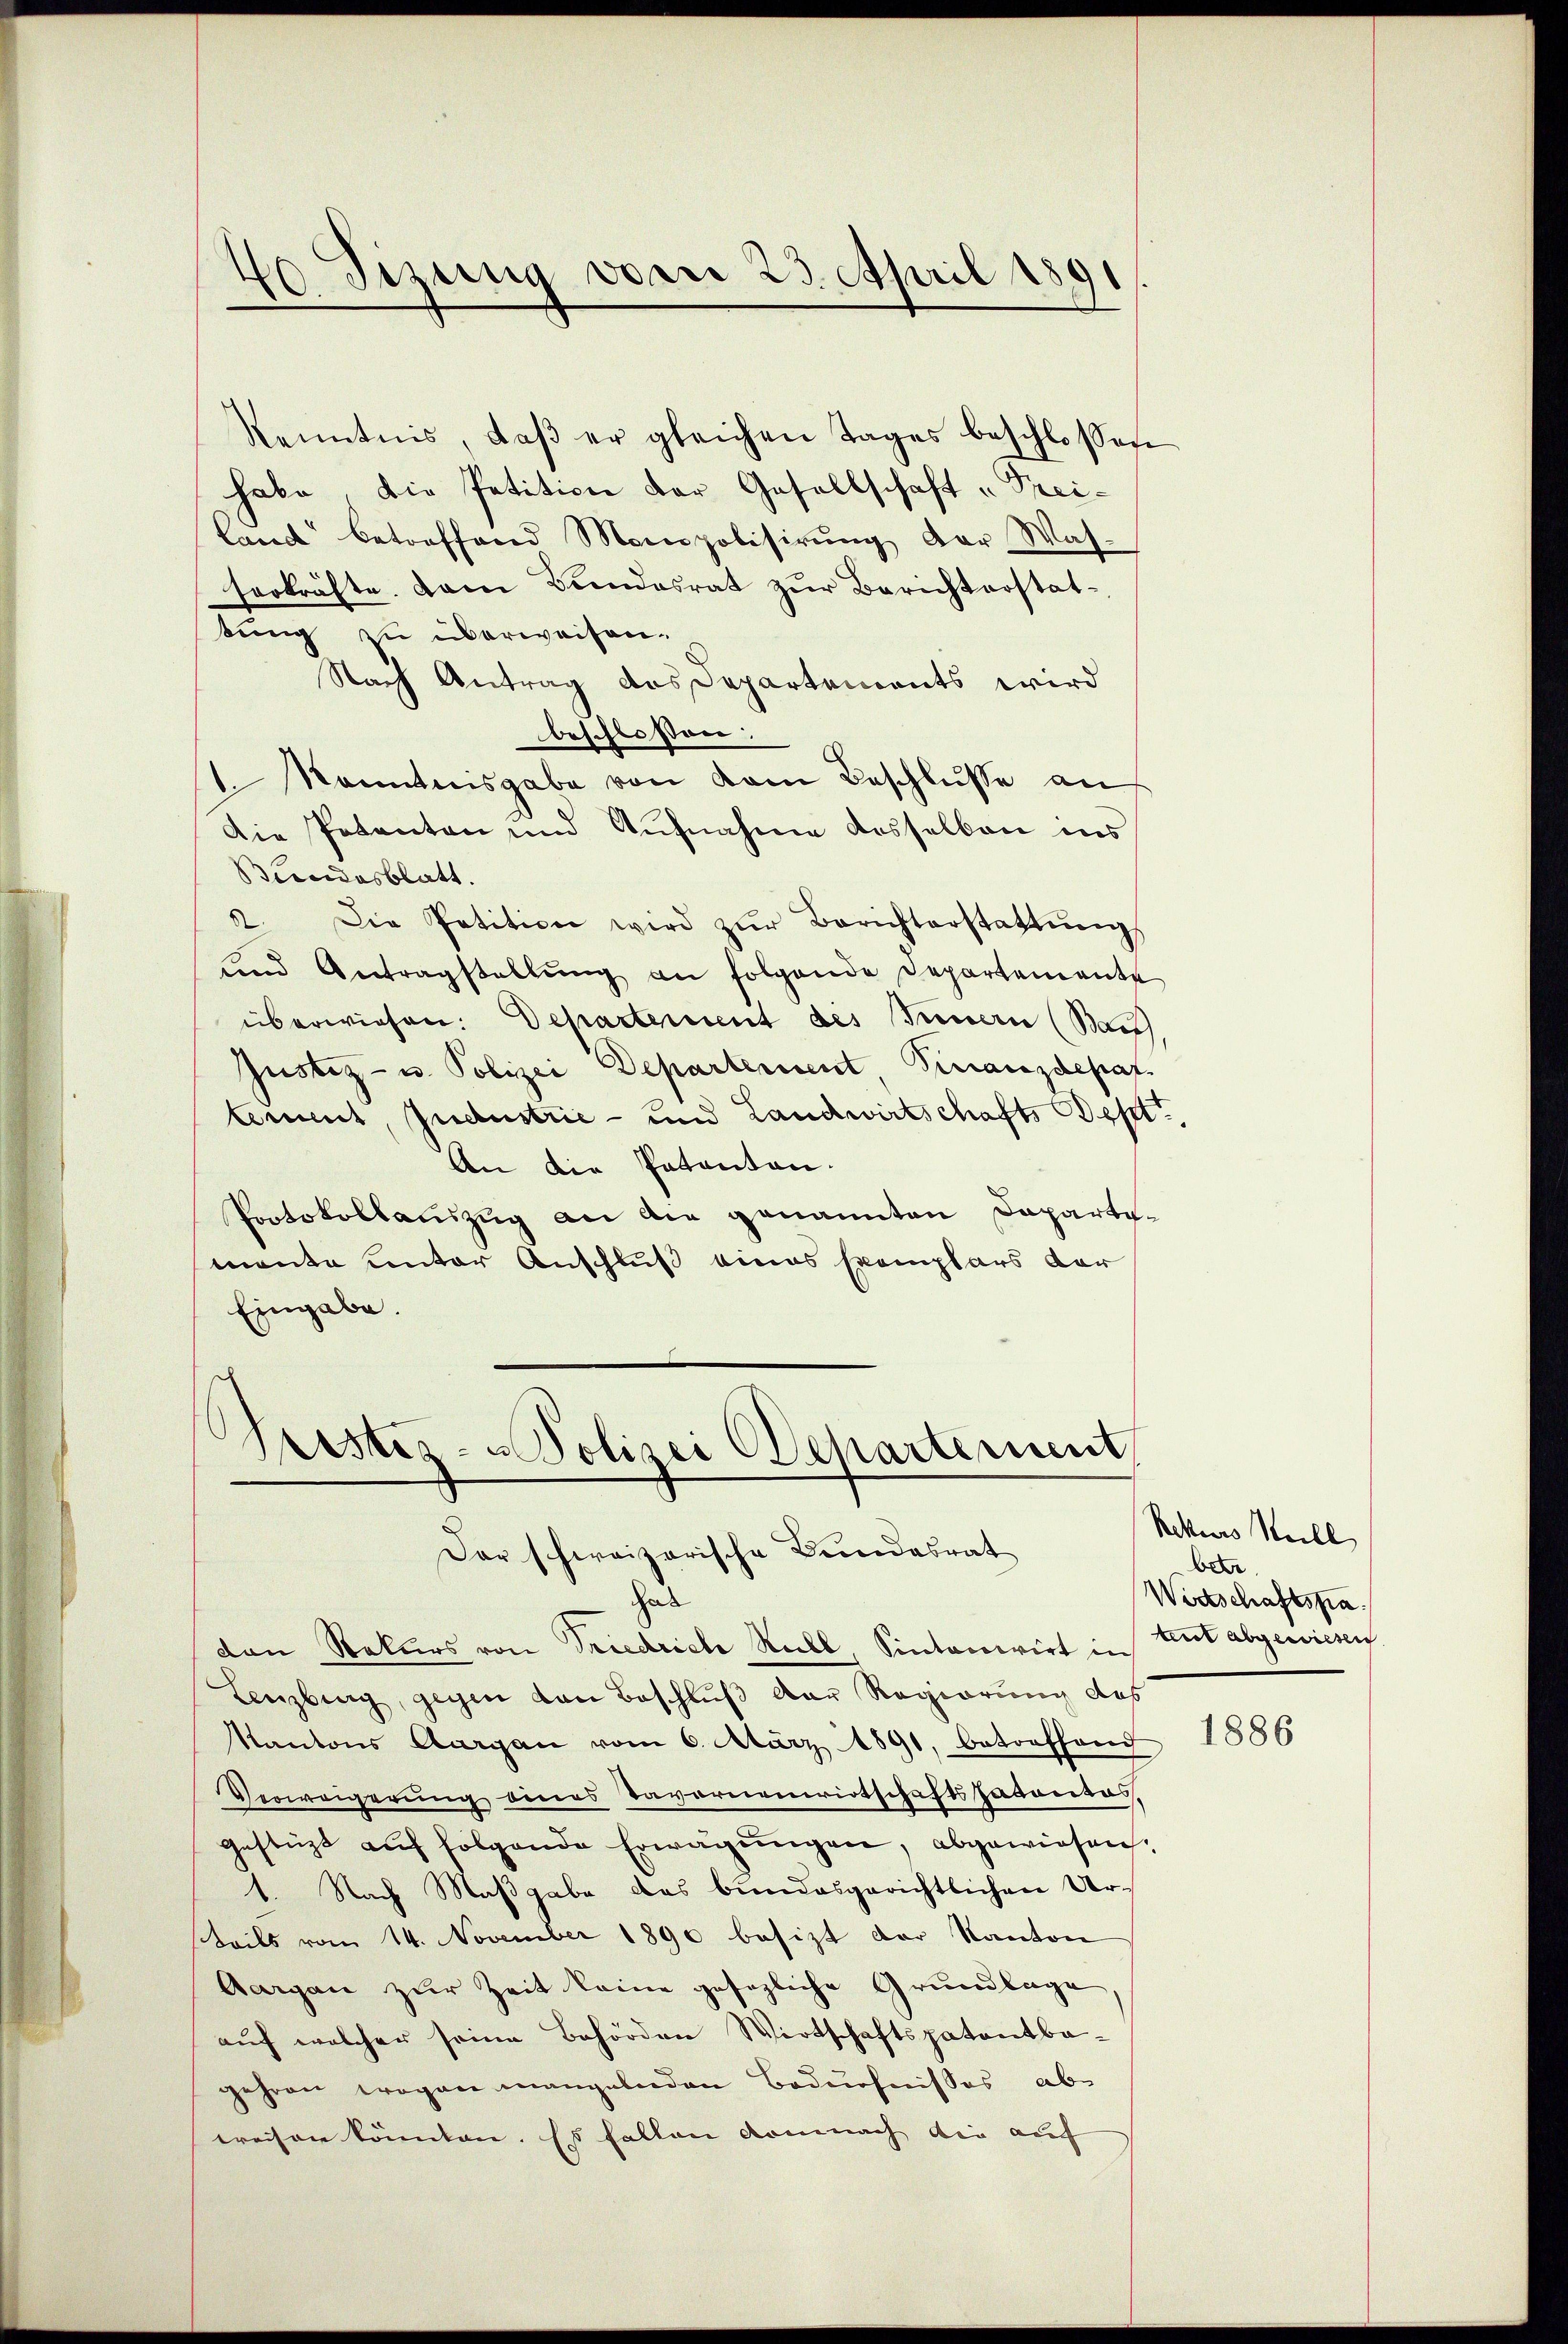
40 Sizung vom 23. April 1891

land betreffend Monopolisirŭng der Was-
serkräfte. Dann Bundesrat zŭr Berichterstat-
bung zu überweisen.
Nach Antrag des Departements wird
beschlossen:
Kenntnisgabe von dem Beschlusse an
Die Petenten und Aufnahme desselben ins
Bundesblatt.
d
Die Petition wird zŭr Berichterstattung
und Antragstellŭng an folgende Departemente
überwiesen. Departement des Innern (Bau
Justiz- u. Polizei Departement, Finanzdepar
Cement, Jndustrie - und Landwirtschafts Dept,
An die Patenten.
Protokollauszug an die genannten Departemente unter Anschluß eines Exemplars dar
Eingabe.

Kenntnis, daβ er gleichen Tages beschlossen
habe, die Petition der Gesellschaft „Prei¬

Prister- Polizei Ochartement
Der schweizerische Bundesrat

hal
den Rekurs von Triedrich Stall Sintonirt in teut abgewiesen
Lenzburg, gegen von Beschluß der Regierung des
Kantons Aargau vom 6. März 1891, betreffend
Verweigerung eines Tavernenwirtschaftsadonas,
gestüzt aŭf folgende Erwägŭngen, abgewiesen.
1. Nach Maßgabe das bundesgerichtlichen Ur¬
Teils vom 14. November 1890 besizt der Kanton
Aargau zur Zeit keine gesezliche Grundlage
auf welcher seine Behörden Wirtschaftspatentbagehren wegen mangelnden Bedürfnisses abe
wreisen könnten. Es fallen demnach die auf |

Rekurs Stell
betre
Wirtschaftspa¬

1886